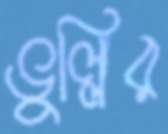
ভুল্লির